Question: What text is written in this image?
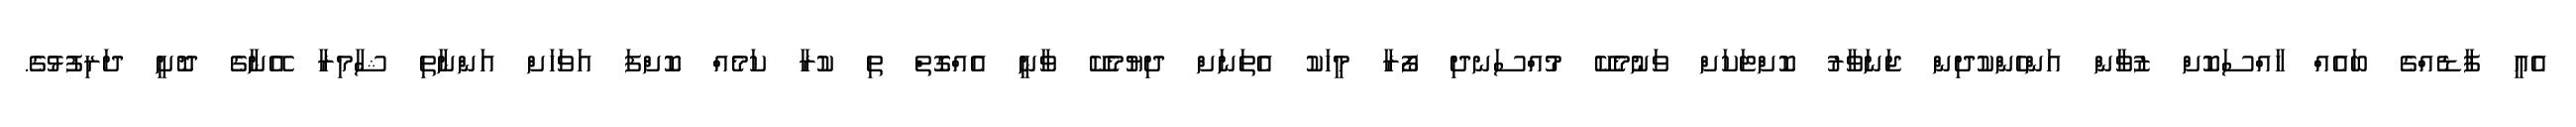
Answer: އެއީ ފާޑެއްގެ ބައެއް ހާއްސަކޮށް ޒުވާން އަންހެންކުދިން ޖަނަވާރު ކޮށްޓަކަށް ވަނުމެކޭ މުއްސަނދި ފޯރާ މީހަކު އެތަނަށް ދިޔުމެކޭ ވާނީ އެއްގޮތް ތި ކުރާ ކަމެއް ކޮށްފަ އަވަހަށް އަންނާތި ޝާމިރާ އޭނާގެ ދޮށީ ދަރިފުޅުގެ.